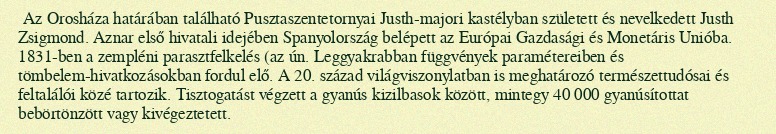
Az Orosháza határában található Pusztaszentetornyai Justh-majori kastélyban született és nevelkedett Justh Zsigmond. Aznar első hivatali idejében Spanyolország belépett az Európai Gazdasági és Monetáris Unióba. 1831-ben a zempléni parasztfelkelés (az ún. Leggyakrabban függvények paramétereiben és tömbelem-hivatkozásokban fordul elő. A 20. század világviszonylatban is meghatározó természettudósai és feltalálói közé tartozik. Tisztogatást végzett a gyanús kizilbasok között, mintegy 40 000 gyanúsítottat bebörtönzött vagy kivégeztetett.